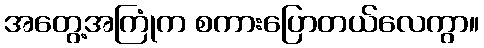
အတွေ့အကြုံက စကားပြောတယ်လေကွာ။